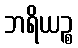
ဘရိယဉ္စ